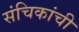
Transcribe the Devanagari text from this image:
संचिकांची